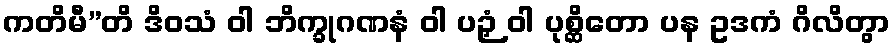
ကတိမီ”တိ ဒိဝသံ ဝါ ဘိက္ခုဂဏနံ ဝါ ပဉှံ ဝါ ပုစ္ဆိတော ပန ဥဒကံ ဂိလိတွာ